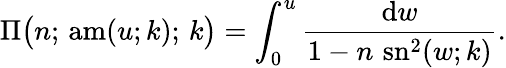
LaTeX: \Pi{\bigl(}n;\, \operatorname{am}(u;k);\, k{\bigr)}=\int_{0}^{u}{\frac{\mathrm{d}w}{1-n\, \operatorname{sn}^{2}(w;k)}}.